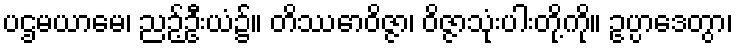
ပဌမယာမေ၊ ညဉ့်ဦးယံ၌။ တိဿောဝိဇ္ဇာ၊ ဝိဇ္ဇာသုံးပါးတို့ကို။ ဥပ္ပာဒေတွာ၊